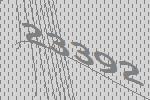
23392